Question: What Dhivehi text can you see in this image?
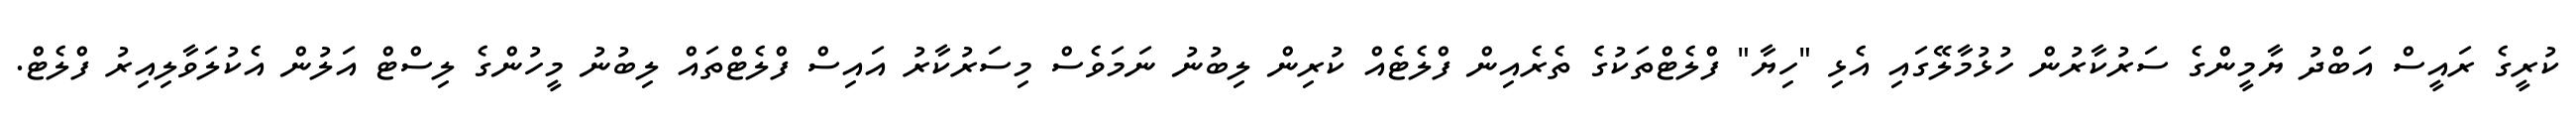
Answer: ކުރީގެ ރައީސް އަބްދު ޔާމީންގެ ސަރުކާރުން ހުޅުމާލޭގައި އެޅި "ހިޔާ" ފްލެޓްތަކުގެ ތެރެއިން ފްލެޓެއް ކުރިން ލިބުނު ނަމަވެސް މިސަރުކާރު އައިސް ފްލެޓްތައް ލިބުނު މީހުންގެ ލިސްޓް އަލުން އެކުލަވާލިއިރު ފްލެޓް.